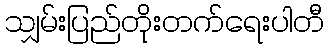
သျှမ်းပြည်တိုးတက်ရေးပါတီ